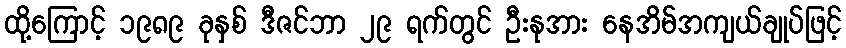
ထို့ကြောင့် ၁၉၈၉ ခုနှစ် ဒီဇင်ဘာ ၂၉ ရက်တွင် ဦးနုအား နေအိမ်အကျယ်ချုပ်ဖြင့်